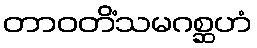
တာဝတိံသမဂစ္ဆဟံ